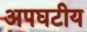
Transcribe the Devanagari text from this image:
अपघटीय